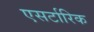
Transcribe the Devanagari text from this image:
एसर्टारिक